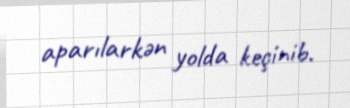
aparılarkən yolda keçinib.